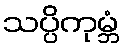
သပ္ပိကုမ္ဘံ